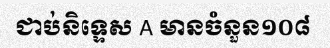
ជាប់និទ្ទេស A មានចំនួន១០៨